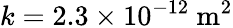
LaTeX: k=2.3\times 10^{-12}\ \mathrm{m}^{2}